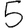
Digit: 5